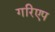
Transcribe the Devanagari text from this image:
गरिएप